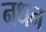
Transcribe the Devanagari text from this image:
नधन